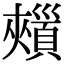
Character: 𩔯